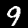
Digit: 9